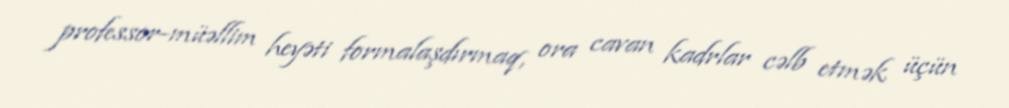
professor-müəllim heyəti formalaşdırmaq, ora cavan kadrlar cəlb etmək üçün